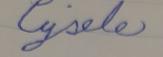
Signature authenticity: forged